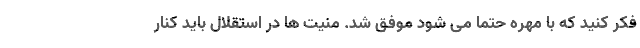
فکر کنید که با مهره حتما می شود موفق شد. منیت ها در استقلال باید کنار